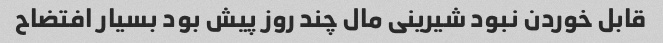
قابل خوردن نبود شیرینی مال چند روز پیش بود بسیار افتضاح